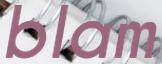
blam